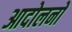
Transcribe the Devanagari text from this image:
आदोलनों